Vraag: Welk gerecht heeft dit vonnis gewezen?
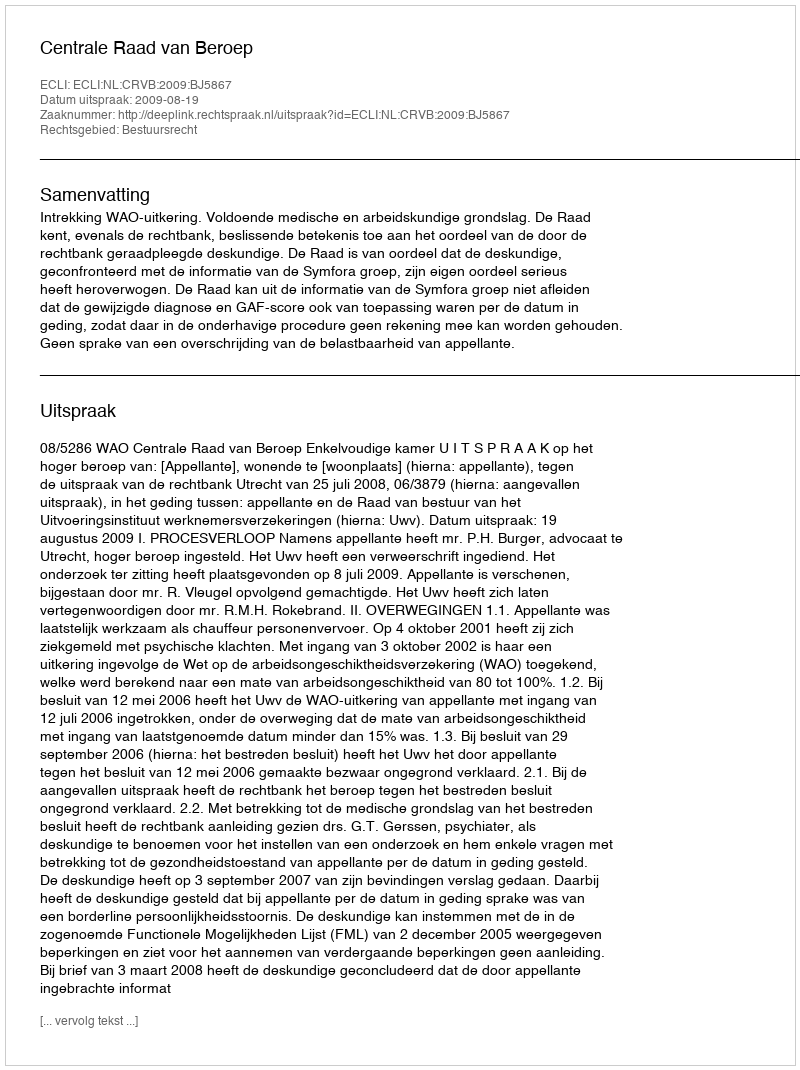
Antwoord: Centrale Raad van Beroep